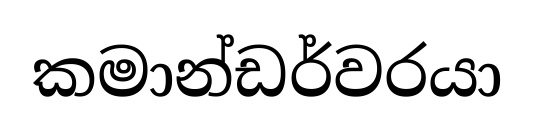
කමාන්ඩර්වරයා